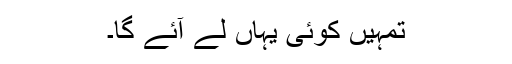
تمہیں کوئی یہاں لے آئے گا۔